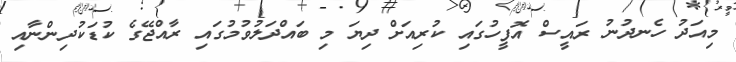
މިއަދު ހެނދުނު ރައީސް އޮފީހުގައި ކުރިއަށް ދިޔަ މި ބައްދަލުވުމުގައި ރާއްޖޭގެ ކުޑަކުދިންނާއި